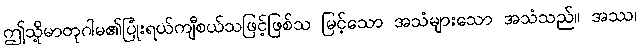
ဤသို့မာတုဂါမ၏ပြုံးရယ်ကျီစယ်သဖြင့်ဖြစ်သ မြင့်သော အသံများသော အသံသည်။ အဿ၊